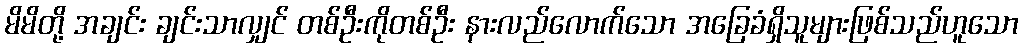
မိမိတို့ အချင်း ချင်းသာလျှင် တစ်ဦးကိုတစ်ဦး နားလည်လောက်သော အခြေခံရှိသူများဖြစ်သည်ဟူသော